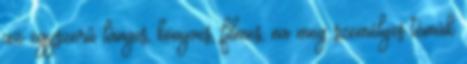
az egyszerű lányos, könyves, filmes, na meg személyes témák